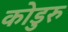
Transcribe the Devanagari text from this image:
कोडुरु